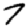
Digit: 7